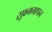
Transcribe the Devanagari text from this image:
सूक्ष्ममापन